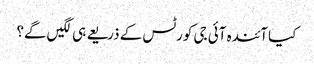
کیا آئندہ آئی جی کورٹس کے ذریعے ہی لگیں گے؟